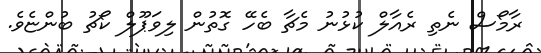
ރާމޯސް ނެތި ރެއާލް ކުޅުނު މެޗާ ބެހޭ ގޮތުން ލިވަޕޫލް ކޯޗު ބުންޏެވެ.